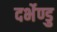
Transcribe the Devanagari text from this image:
दर्भेण्डु